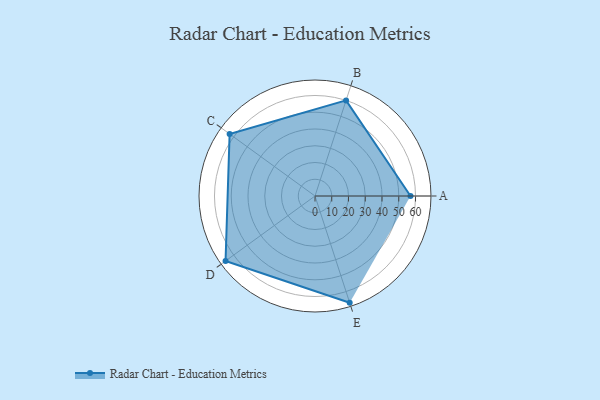
{"axis": {"x": "Skill", "y": "Score"}, "legend": ["Profile"], "data": [{"x": "A", "y": 57.0, "type": "Profile"}, {"x": "B", "y": 60.0, "type": "Profile"}, {"x": "C", "y": 63.0, "type": "Profile"}, {"x": "D", "y": 66.0, "type": "Profile"}, {"x": "E", "y": 67.0, "type": "Profile"}]}